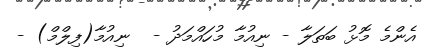
އެންމެ މޮޅު ބަތަލާ - ނިއުމާ މުހައްމަދު -  ނިއުމާ(ފިލްމް) -